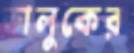
ভালুকের